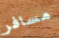
مسافر